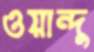
ওয়ান্দু